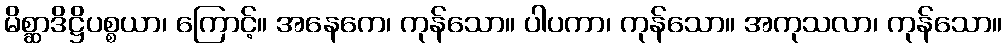
မိစ္ဆာဒိဋ္ဌိပစ္စယာ၊ ကြောင့်။ အနေကေ၊ ကုန်သော။ ပါပကာ၊ ကုန်သော။ အကုသလာ၊ ကုန်သော။